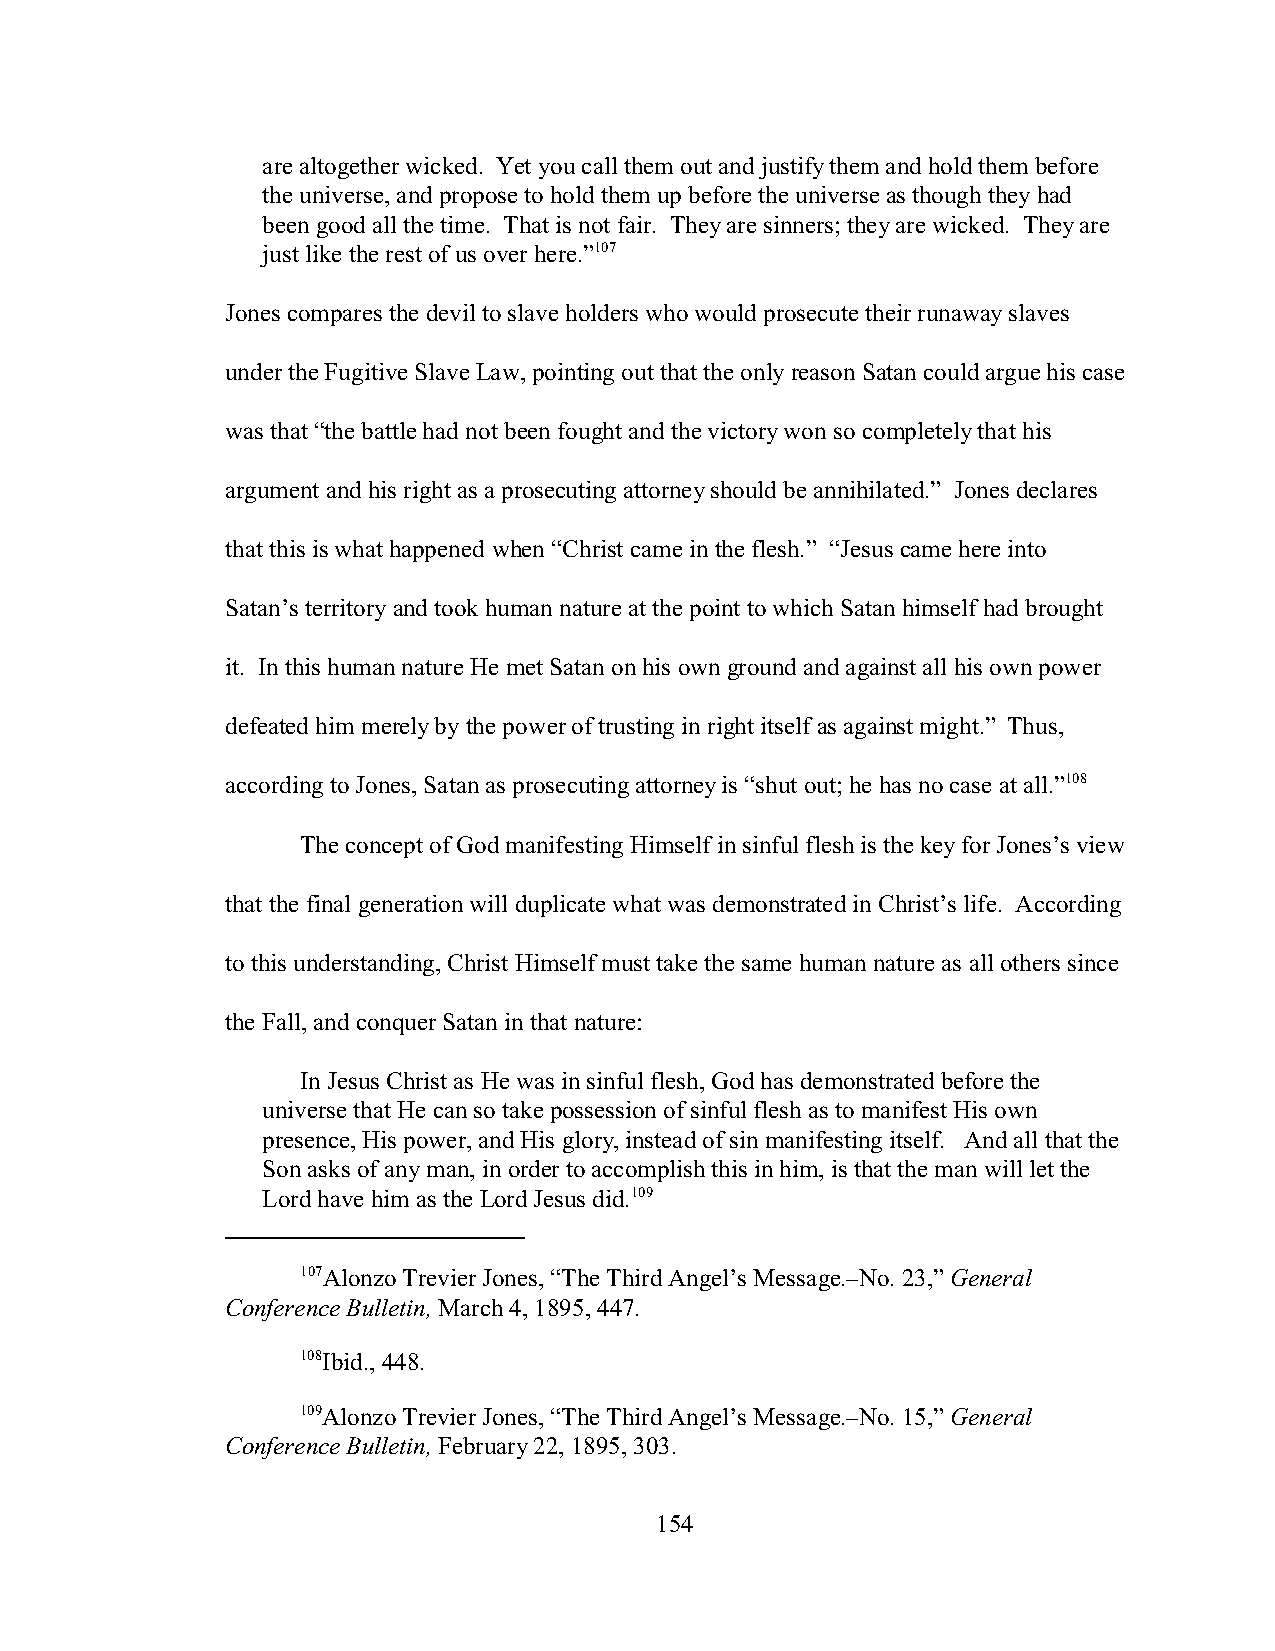
are altogether wicked. Yet you call them out and justify them and hold them before
 the universe, and propose to hold them up before the universe as though they had
 been good all the time. That is not fair. They are sinners; they are wicked. They are
 just like the rest of us over here.”107
 Jones compares the devil to slave holders who would prosecute their runaway slaves
 under the Fugitive Slave Law, pointing out that the only reason Satan could argue his case
 was that “the battle had not been fought and the victory won so completely that his
 argument and his right as a prosecuting attorney should be annihilated.” Jones declares
 that this is what happened when “Christ came in the flesh.” “Jesus came here into
 Satan’s territory and took human nature at the point to which Satan himself had brought
 it. In this human nature He met Satan on his own ground and against all his own power
 defeated him merely by the power of trusting in right itself as against might.” Thus,
 according to Jones, Satan as prosecuting attorney is “shut out; he has no case at all.”108
 The concept of God manifesting Himself in sinful flesh is the key for Jones’s view
 that the final generation will duplicate what was demonstrated in Christ’s life. According
 to this understanding, Christ Himself must take the same human nature as all others since
 the Fall, and conquer Satan in that nature:
 In Jesus Christ as He was in sinful flesh, God has demonstrated before the
 universe that He can so take possession of sinful flesh as to manifest His own
 presence, His power, and His glory, instead of sin manifesting itself. And all that the
 Son asks of any man, in order to accomplish this in him, is that the man will let the
 Lord have him as the Lord Jesus did.109
 107Alonzo Trevier Jones, “The Third Angel’s Message.–No. 23,” General
 Conference Bulletin, March 4, 1895, 447.
 108Ibid., 448.
 109Alonzo Trevier Jones, “The Third Angel’s Message.–No. 15,” General
 Conference Bulletin, February 22, 1895, 303.
 154